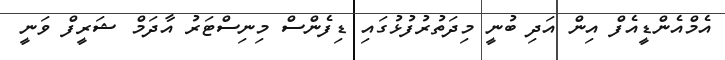
އެމްއެންޑީއެފް އިން އަދި ބުނީ މިދަތުރުފުޅުގައި ޑިފެންސް މިނިސްޓަރު އާދަމް ޝަރީފް ވަނީ